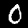
Digit: 0